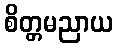
စိတ္တမညာယ